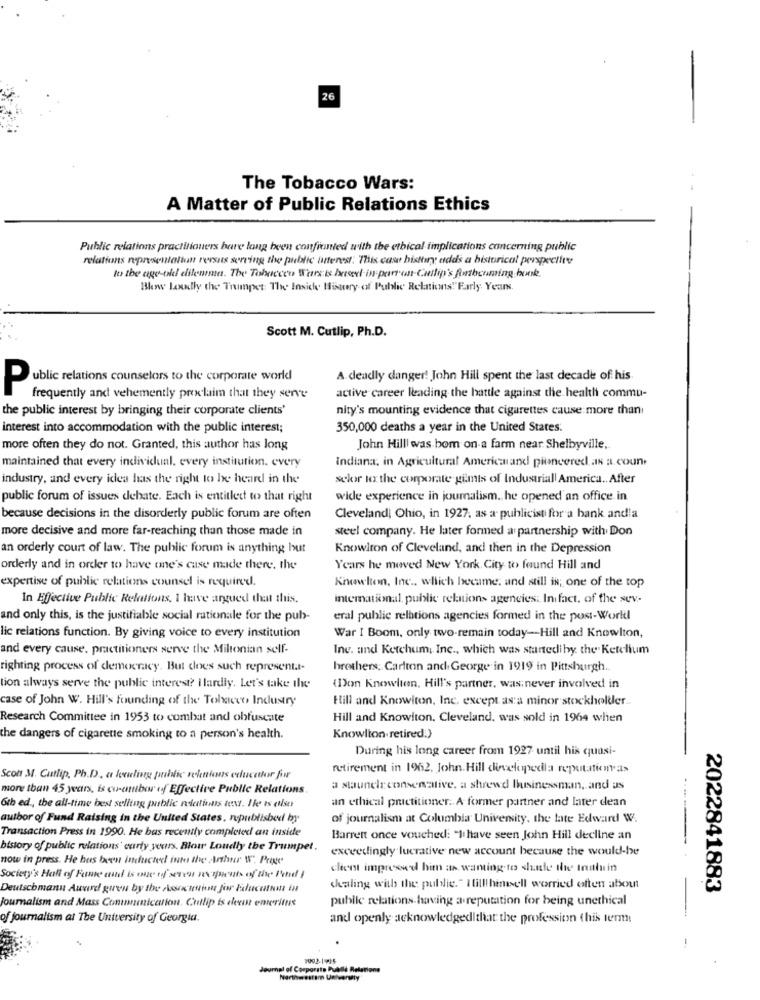
26
The Tobacco Wars:
A Matter of Public Relations Ethics
Public relations practitioners bare long been confianted with the ethical implications concerning public
relations representatiun rersus serving the public interest. This case history adds a historical perspective
to the age-old dilemma. The Tobaccoo Ware is based is parton Culip's Rushcuming book.
Blow Loudly the Trumpet: The Inside Mistry of Public Relations""Early Years.
Scott M. Cutlip, Ph.D.
A deadly danger! John Hill spent the last decade of his
Public relations counselors to the corporate world
active career leading the battle against the health commu-
frequently and vehemently proclaim that they serve
the public interest by bringing their corporate clients'
nity's mounting evidence that cigarettes cause more than
interest into accommodation with the public interest;
350,000 deaths a year in the United States:
more often they do not. Granted, this author has long
John Hilll was bom on a farm near Shelbyville,
maintained that every individual, every institution. every
Indiana, in Agricultural Americaand pineered. as a.coun.
industry, and every idea has the right to he heard in the
selor tex the corporate gimts of Industriall America .. After
public forum of issues debate. Each is entitled to that right
wide experience in journalism. he opened an office in
because decisions in the disorderly public forum are often
Cleveland, Ohio, in 1927. as a publicist for a bank andla
more decisive and more far-reaching than those made in
steel company. He later formed a partnership with Don
an orderly court of law. The public forum is anything but
Knowlton of Cleveland, and then in the Depression
orderly and in order to have one's case made there. the
Years he moved New York City to found Hill and
expertise of public relations counsel is required.
Knowlton, Inc ., which became, and still is; one of the top
In Effective Public Relations, 1 have argued that this.
intemational. public relations agencies. In fact, of the sev.
and only this, is the justifiable social rationale for the pub-
eral public relations agencies formed in the post-World
lic relations function. By giving voice to every institution
War I Boom, only two-remain today-Hill and Knowlton,
and every cause. practitioners serve the Milionian self-
Ine. and Ketchum, Inc ., which was startediby the Ketelium
righting process of democracy. But does such representa-
brothers; Carlton and George in 1919 in Pittsburgh.
tion always serve the public interest? I lardly. Let's take the
(Don Knowlton, Hill's partner, was never involved in
case of John W. Hill's founding of the Tobacco Industry
Hill and Knowlton, Inc. except as a minor stockholder ..
Research Committee in 1953 to combat and obfuscate
Hill and Knowlton. Cleveland, was sold in 1964 when
the dangers of cigarette smoking to a person's health.
Knowlton. retired:)
During his long career from 1927 until his quasi-
retirement in 1962. John Hill developedla reputation as
Scott M. Cutlip, Ph.D. a localing public relations educator fow
more than 45 years, is ci-ambar of Effective Public Relations
a staunelr conservative. a shrewd Ibusinessman, and as
an ethical practitioner. A former partner and later dean
6th ed ., the all-time best selling public relations text. Ile ts else
author of Fund Raising in the United States, npublished by
of journalism at Columbia University, the late Edward W.
Transaction Press in 1990. He bas recently completed an inside
Barrett once vouched: "I have seen John Hill decline an
bistory of public relations' early years. Blow Loudly the Trumpet.
exceedingly lucrative new account because the would-be
now in press. He has been inducted into the Arthur W" Page
client impressed him as wanting to slate the Innlu in
Society's Hall of Fame and is one of seven recipients of the Pond! !
Deutschmann Award giren by the nosex tention for Education in
chaling with the public." Itillhinesell worried often abou
2022841883
public relations having a reputation for being unethical
Journalism and Mass Conmunication. Cullip is deeo emeritus
of journalism at The University of Georgia.
and openly acknowledgedlthat the profession this term
.
1002-1935
Journal of Corporate Pualle Relations
Northwestem Universaly